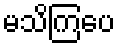
မသိကြပေ